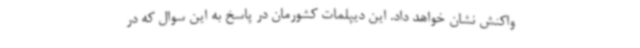
واکنش نشان خواهد داد. این دیپلمات کشورمان در پاسخ به این سوال که در